Leaving Certificate Examination (including Day School Certificate (Higher) General paper), 1934
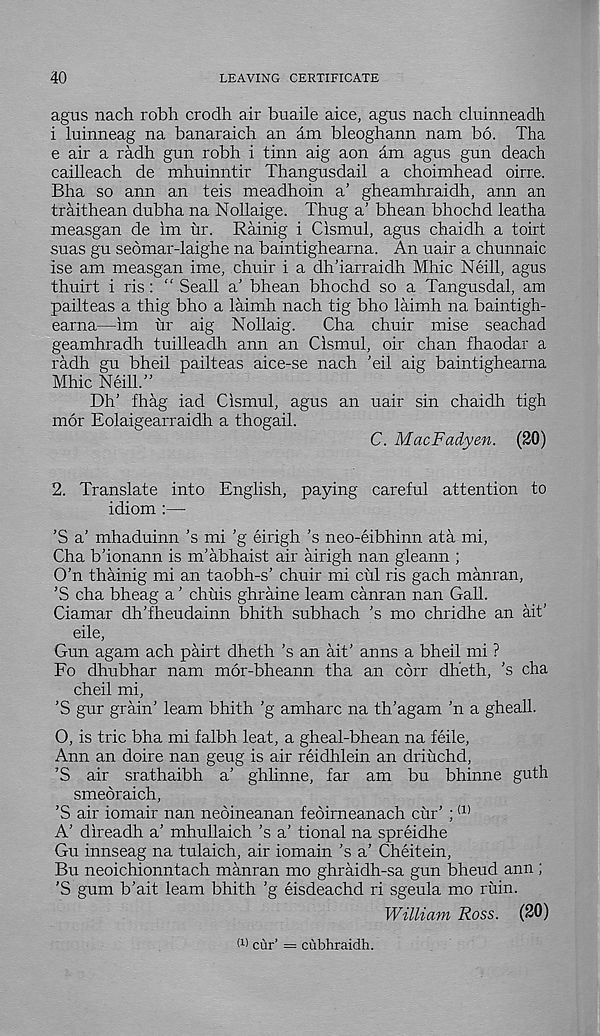
40
LEAVING CERTIFICATE
agus nach robh crodh air buaile aice, agus nach cluinneadh
i luinneag na banaraich an am bleoghann nam bo. Tha
e air a radh gun robh i tinn aig aon am agus gun deach
cailleach de mhuinntir Thangusdail a choimhead oirre.
Bha so ann an teis meadhoin a’ gheamhraidh, ann an
traithean dubha na Nollaige. Thug a' bhean bhochd leatha
measgan de im ur. Rainig i Cismul, agus chaidh a toirt
suas gu seomar-laighe na baintighearna. An uair a chunnaic
ise am measgan ime, chuir i a dh’iarraidh Mhic Neill, agus
thuirt i ris: “ Seall a’ bhean bhochd so a Tangusdal, am
pailteas a thig bho a laimh nach tig bho laimh na baintigh-
earna—im ur aig Nollaig.
Cha chuir mise seachad
geamhradh tuilleadh ann an Cismul, oir chan fhaodar a
radh gu bheil pailteas aice-se nach 'eil aig baintighearna
Mhic Neill.”
Dh’ fhag iad Cismul, agus an uair sin chaidh tigh
mor Eolaigearraidh a thogail.
C. MacFadyen. (20)
2. Translate into English, paying careful attention to
idiom :—
’S a’ mhaduinn ’s mi ’g eirigh ’s neo-eibhinn ata mi,
Cha b'ionann is nbabhaist air airigh nan gleann ;
O’n thainig mi an taobh-s’ chuir mi cul ris gach manran,
’S cha bheag a ’ chuis ghraine learn canran nan Gall.
Ciamar dh’fheudainn bhith subhach ’s mo chridhe an ait’
eile,
Gun agam ach pairt dheth’s an ait’ anns a bheil mi ?
Fo dhubhar nam mor-bheann tha an cdrr dheth, ’s cha
cheil mi,
’S gur grain’ learn bhith ’g amharc na th’agam ’n a gheall.
O, is trie bha mi falbh leat, a gheal-bhean na feile,
Ann an doire nan geug is air reidhlein an driuchd,
’S air srathaibh a’ ghlinne, far am bu bhinne guth
smeoraich,
’S air iomair nan neoineanan feoirneanach cur’ ; (1)
A’ direadh a’ mhullaich’s a’ tional na spreidhe
Gu innseag na tulaich, air iomain’s a’ Cheitein,
Bu neoichionntach manran mo ghraidh-sa gun bheud ann ;
'S gum b’ait leam bhith ’g eisdeachd ri sgeula mo ruin.
William Ross. (20)
M cur’ = cubhraidh.